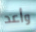
وأعد